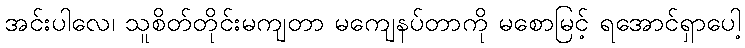
အင်းပါလေ၊ သူစိတ်တိုင်းမကျတာ မကျေနပ်တာကို မစောမြင့် ရအောင်ရှာပေါ့